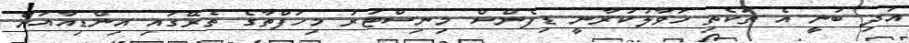
އަދި ބުނީ އެ ތަކެތި ހަވާލުކުރާނީ ޑިފެންސް މިނިސްޓަރު މިހަފްތާގެ ތެރޭގައި އިންޑިއާއަށް